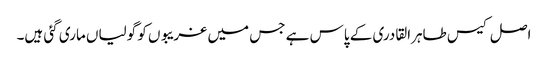
اصل کیس طاہرالقادری کے پاس ہے جس میں غریبوں کو گولیاں ماری گئی ہیں۔